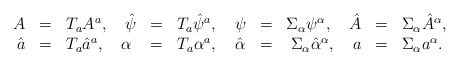
\begin{align*}\begin{array}{rclrclrclrcl}A & = & T_a A^a, \quad \hat{\psi} & = & T_a \hat{\psi}^a, \quad \psi & = & \Sigma_\alpha \psi^\alpha, \quad \hat{A} & = & \Sigma_\alpha \hat{A}^\alpha,& & & \\ \hat{a} & = & T_a \hat{a}^a, \quad \alpha & = & T_a \alpha^a, \quad \hat{\alpha} & = & \Sigma_\alpha \hat{\alpha}^\alpha, \quad a & = & \Sigma_\alpha a^\alpha. & & & \end{array}\end{align*}